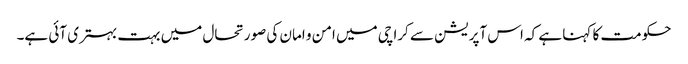
حکومت کا کہنا ہے کہ اس آپریشن سے کراچی میں امن و امان کی صورتحال میں بہت بہتری آئی ہے۔